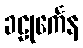
ခဠုင်္ကေန